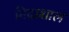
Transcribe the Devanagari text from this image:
निदाशाल